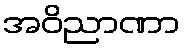
အဝိညာဏာ